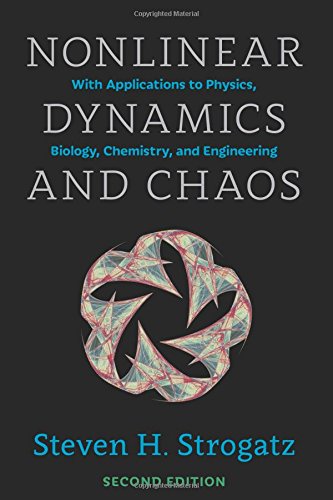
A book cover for Nonlinear Dynamics and Chaos: With Applications to Physics, Biology, Chemistry, and Engineering (Studies in Nonlinearity); Steven H. Strogatz; Science & Math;